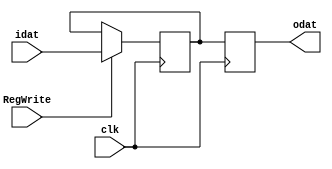
module PCregister(
        input clk,
        input RegWrite,
        input [31:0]idat,
        output reg[31:0]odat
    );
    reg[31:0] kdat;

    always @(negedge clk) begin
        if (RegWrite) kdat <= idat;
    end

    always @(posedge clk) begin
		odat = kdat;
    end


endmodule